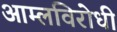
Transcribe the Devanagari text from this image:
आम्लविरोधी